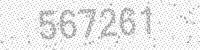
Solution: 567261